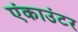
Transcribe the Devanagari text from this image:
एंकाउंटर